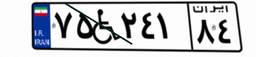
۹۸W۵۰۷۰۷